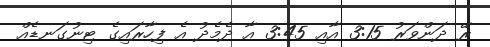
ރޭ ދަންވަރު 3:15 އާއި 3:45 އާ ދެމެދު އެ ފިހާރައިގެ ޓިނުގަނޑެއް